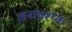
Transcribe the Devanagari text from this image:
अनावश्य्क